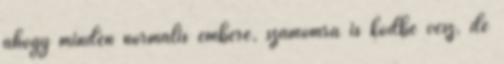
ahogy minden normális emberé, számomra is ködbe vész, de